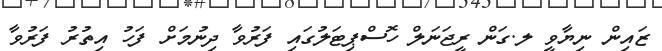
ޒައިން ނިޔާވީ ލ.ގަން ރީޖަނަލް ހޮސްޕިޓަލުގައި ފަރުވާ ދިނުމަށް ފަހު އިތުރު ފަރުވާ